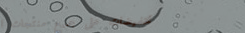
تخفيضات على جميع منتجات ا